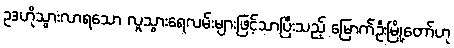
ဥဒဟိုသွားလာရသော လူသွားရေလမ်းများဖြင့်သာပြီးသည့် မြောက်ဦးမြို့တော်ဟု